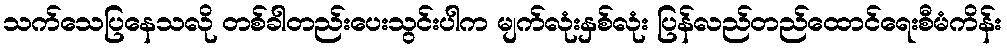
သက်သေပြနေသလို တစ်ခါတည်းပေးသွင်းပါက မျက်လုံးနှစ်လုံး ပြန်လည်တည်ထောင်ရေးစီမံကိန်း